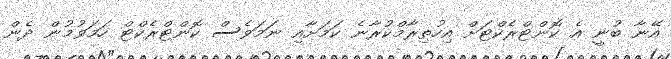
އޭނާ ބުނީ އެ ކޮންޓްރެކްޓަށް އިހުތިރާމްކުރާނެ ކަމަށާއި ނަމަވެސް ކޮންޓްރެކްޓް ހަމަވުމުން ދެން